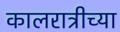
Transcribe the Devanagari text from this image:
कालरात्रीच्या